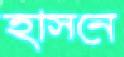
হাসনে